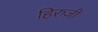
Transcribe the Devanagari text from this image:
हिरुजी